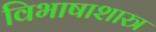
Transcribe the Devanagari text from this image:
विभाषाशास्त्र